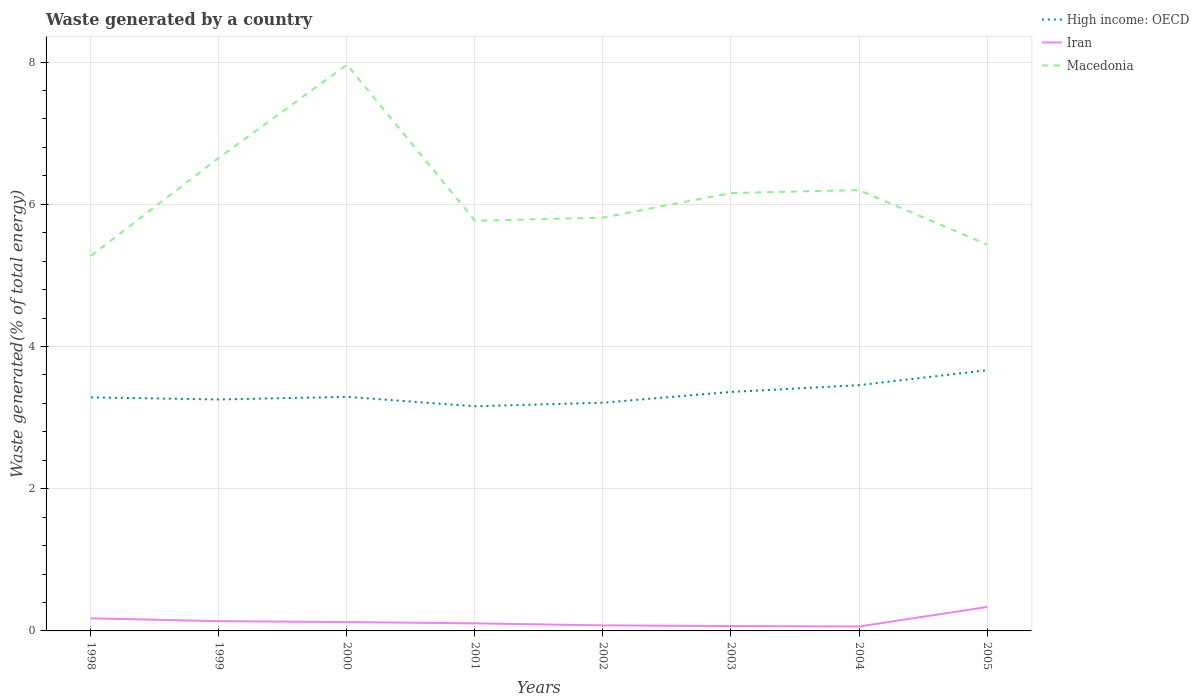
| Years | High income: OECD | Iran | Macedonia |
 | --- | --- | --- | --- |
 | 1998 | 3.28 | 0.177 | 5.27 |
 | 1999 | 3.26 | 0.138 | 6.66 |
 | 2000 | 3.29 | 0.124 | 7.96 |
 | 2001 | 3.16 | 0.107 | 5.77 |
 | 2002 | 3.21 | 0.0783 | 5.81 |
 | 2003 | 3.36 | 0.0688 | 6.16 |
 | 2004 | 3.46 | 0.0621 | 6.2 |
 | 2005 | 3.67 | 0.337 | 5.43 |